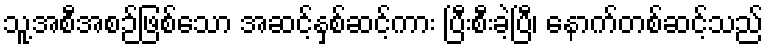
သူ့အစီအစဉ်ဖြစ်သော အဆင့်နှစ်ဆင့်ကား ပြီးစီးခဲ့ပြီ၊ နောက်တစ်ဆင့်သည်